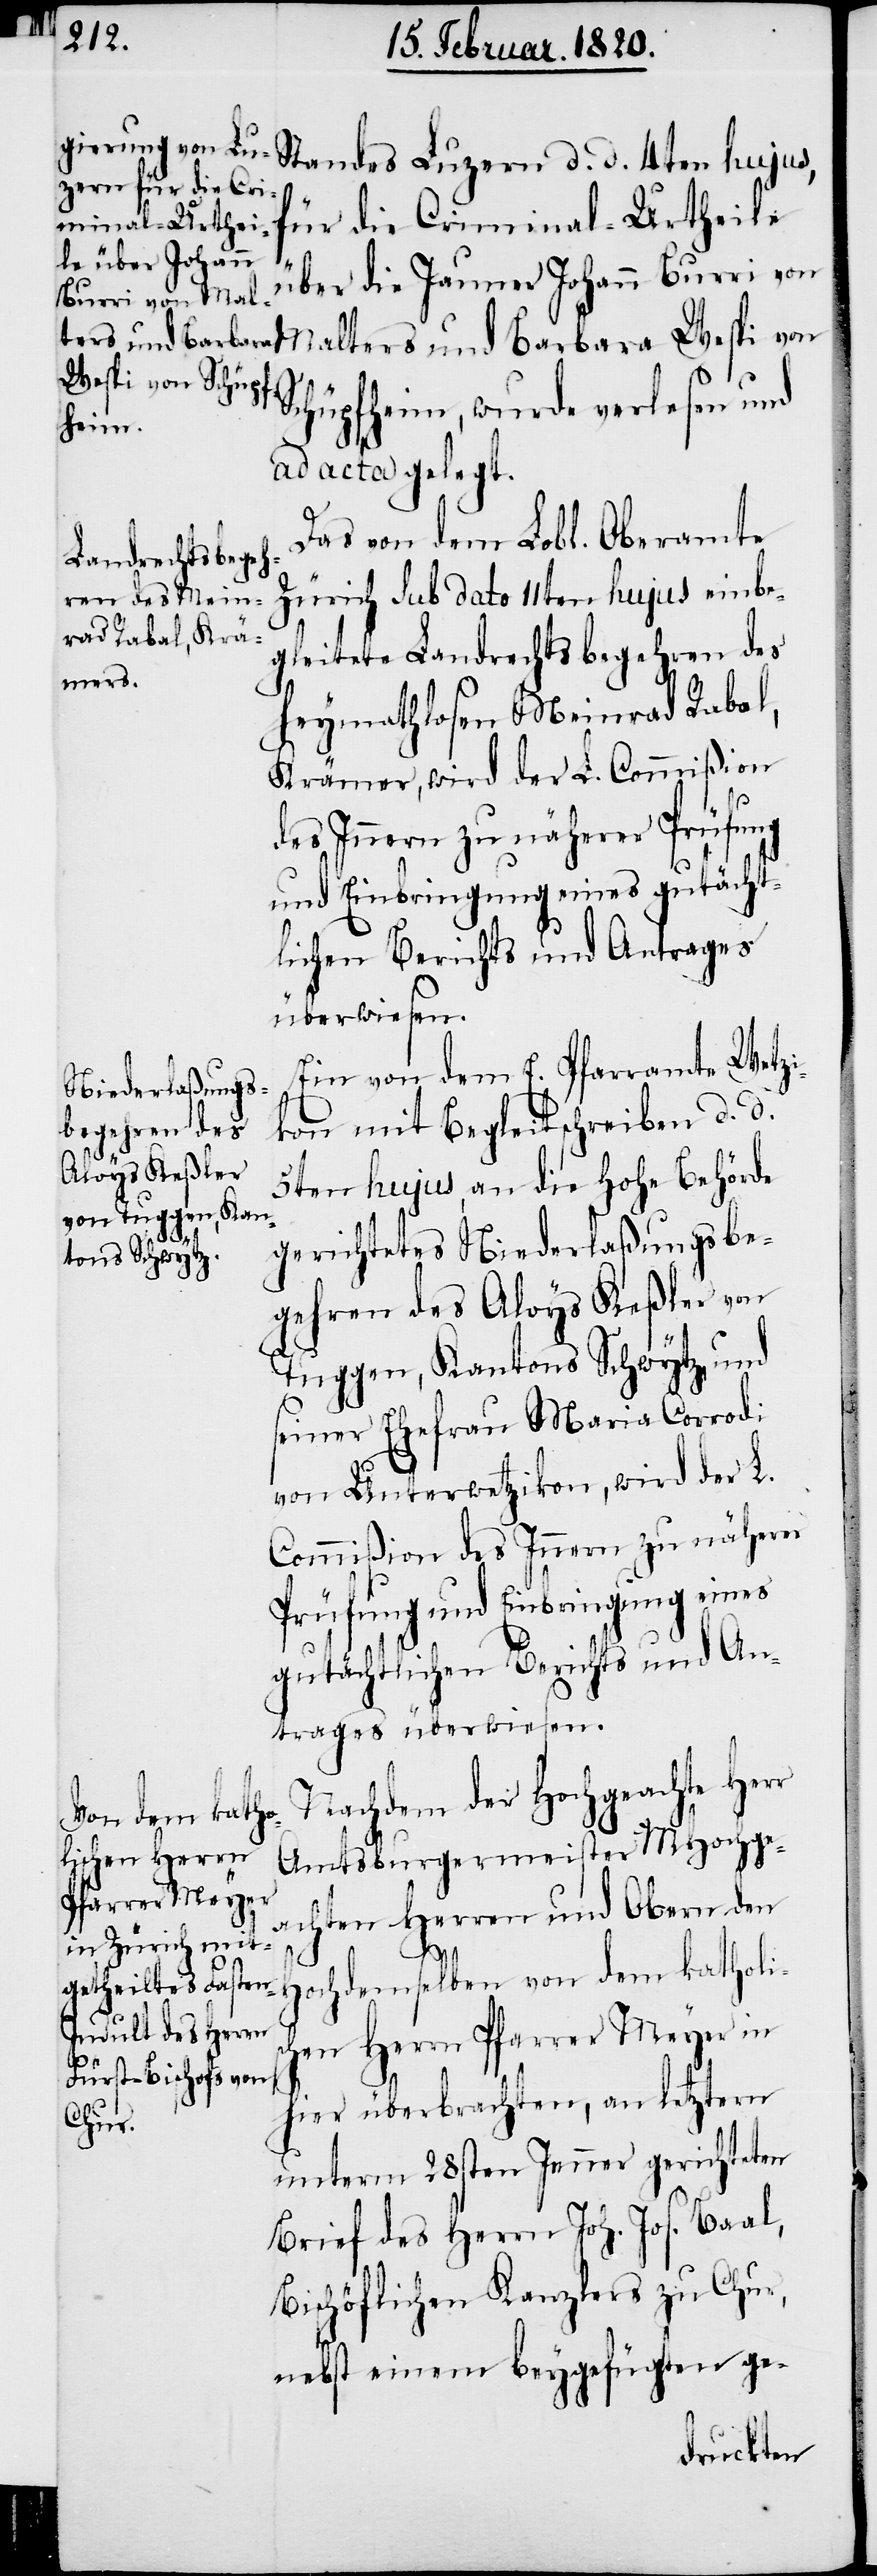
über die Jauner Johann Burri von
Wespi von Schüp¬
fheim, wurde verlesen und
ad acta gelegt.
Das von dem Lobl. Oberamte
Zürich sub dato 11ten hujus einbe¬
gleitete Landrechtsbegehren des
heymathlosen Meinrad Rabal,
Krämer, wird der L. Commißion
des Innern zu näherer Prüfung
und Einbringung eines gutächt¬
lichen Berichts und Antrages
überwiesen.
Ein von dem E. Pfarramte Wetzi¬
kon mit Begleitschreiben d. d.
5ten hujus, an die Hohe Behörde
gerichtetes Niederlaßungsbe¬
gehren des Aloys Keßler von
Tuggen, Kantons Schwytz, und
seiner Ehefrau Maria Corrodi
von Unterwetzikon, wird der L.
Commißion des Innern zu näherer
Prüfung und Einbringung eines
gutächtlichen Berichts und An¬
trages überwiesen.
Nachdem der Hochgeachte Herr
Amtsburgermeister MHochge¬
ischen Herrn
Pfarrer Meyer
achten Herren und Obern den
ochdemselben von dem kathol¬
H¬
hier überbrachten, an letztern
unterm 28sten Jenner gerichteten
Brief des Herrn Joh. Jos. Baal,
Bischöflichen Kanzlers zu Chur,
nebst einem beygefügten ge-